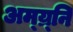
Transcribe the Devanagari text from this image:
अम्य्र्नि